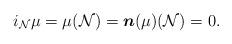
LaTeX: \begin{align*} i_{\mathcal{N}}\mu=\mu(\mathcal{N})=\boldsymbol{n}(\mu)(\mathcal{N})=0. \end{align*}